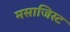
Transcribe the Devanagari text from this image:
मसाजिस्ट